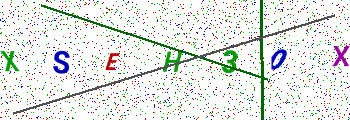
Text: XSEH3OX